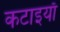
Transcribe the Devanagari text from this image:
कटाइयाँ